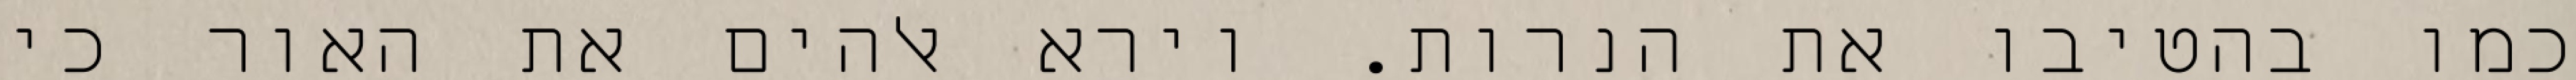
כמו בהטיבו את הנרות. וירא אלהים את האור כי